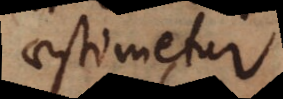
aestimetur.